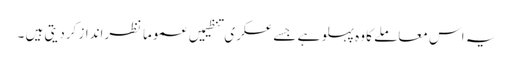
یہ اس معاملے کا وہ پہلو ہے جسے عسکری تنظیمیں عموماً نظرانداز کردیتی ہیں ۔